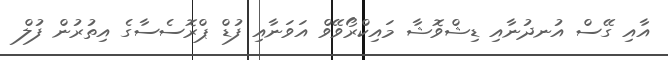
އާއި ގޭސް އުނދުނާއި ޑިޝްވޮޝާ މައިކްރޯވޭވް އަވަނާއި ފުޑް ޕްރޮސެސާގެ އިތުރުން ފުލް